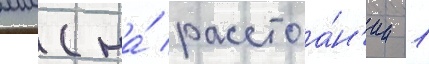
мм (на́ расстоа́н'ии 1